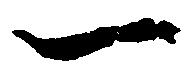
一